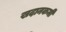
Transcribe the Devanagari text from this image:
खदानकर्मी